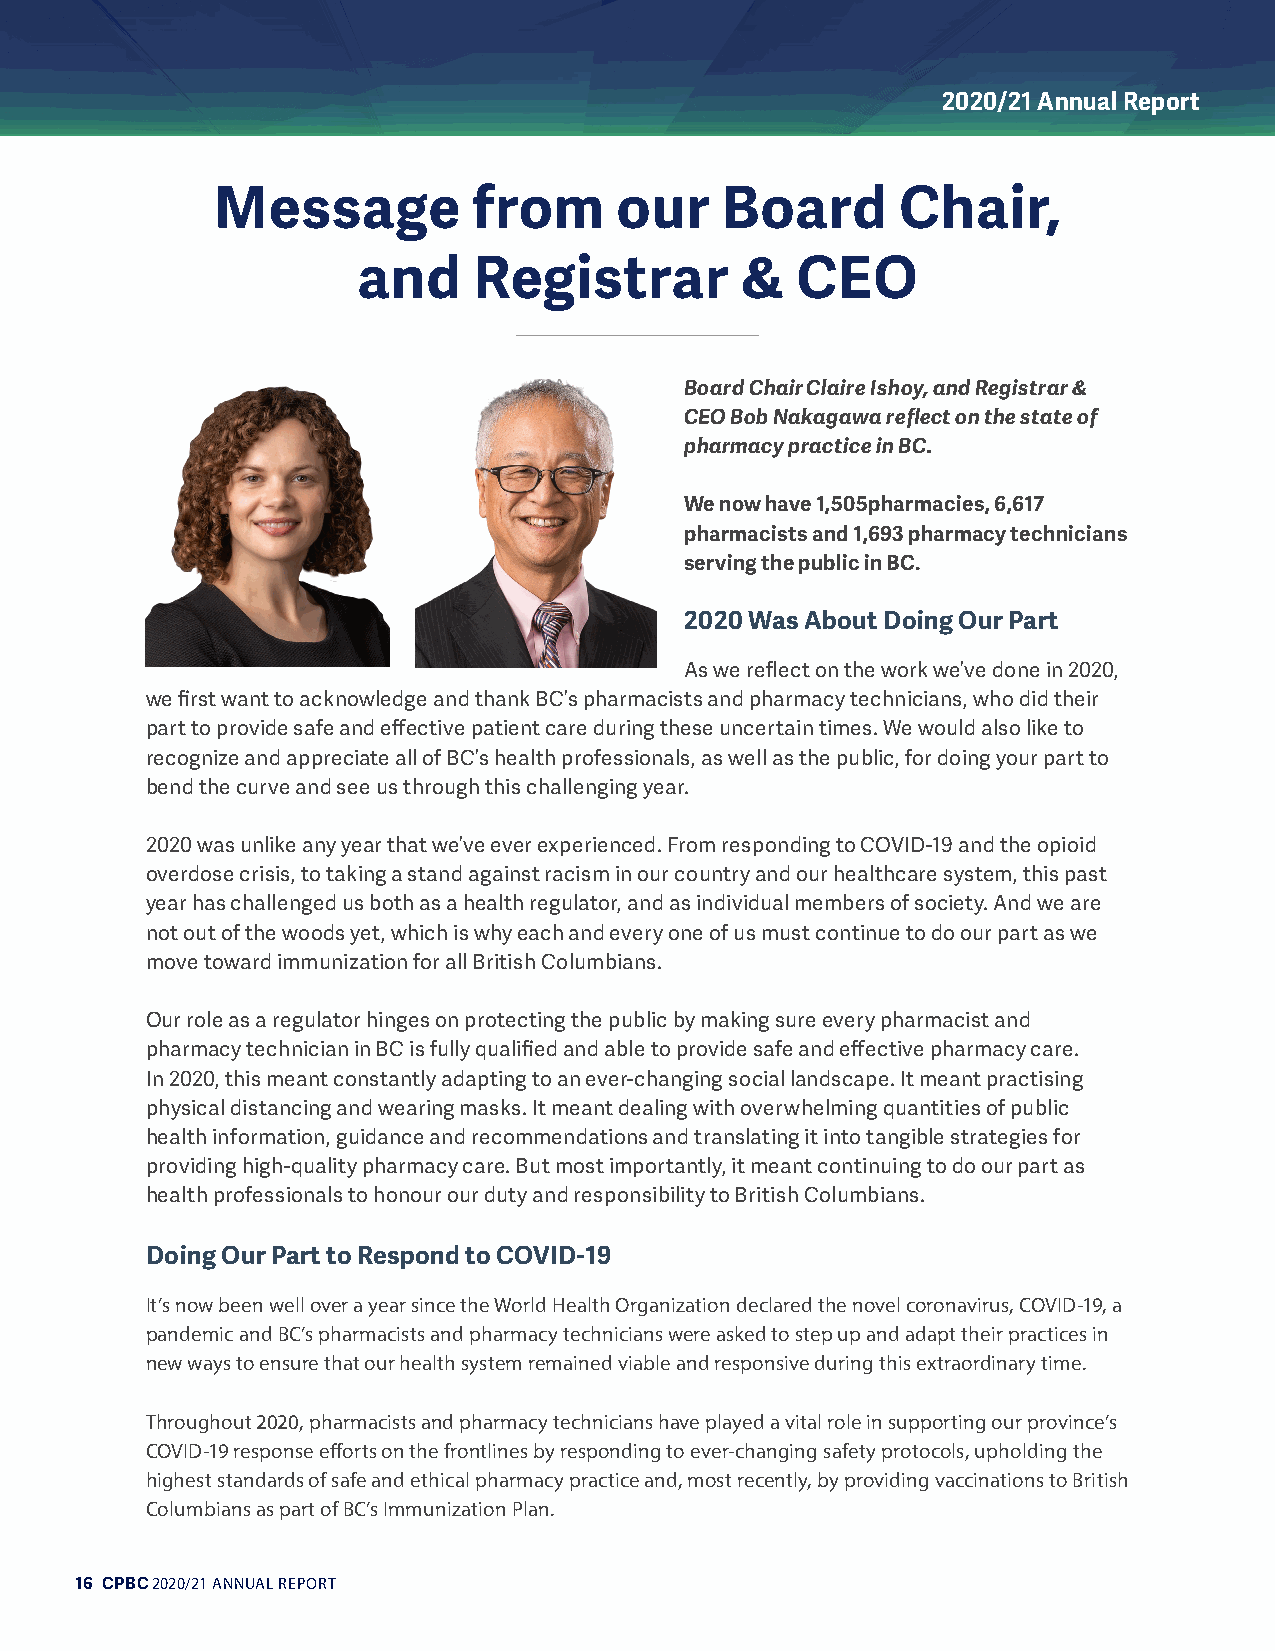
2020/21 Annual Report
 Message          from      our    Board       Chair,
 and    Registrar         &   CEO
 Board Chair Claire Ishoy, and Registrar &
 CEO Bob Nakagawa reflect on the state of
 pharmacy practice in BC.
 We now have 1,505pharmacies, 6,617
 pharmacists and 1,693 pharmacy technicians
 serving the public in BC.
 2020 Was About Doing Our Part
 As we reflect on the work we’ve done in 2020,
 we first want to acknowledge and thank BC’s pharmacists and pharmacy technicians, who did their
 part to provide safe and effective patient care during these uncertain times. We would also like to
 recognize and appreciate all of BC’s health professionals, as well as the public, for doing your part to
 bend the curve and see us through this challenging year.
 2020 was unlike any year that we’ve ever experienced. From responding to COVID-19 and the opioid
 overdose crisis, to taking a stand against racism in our country and our healthcare system, this past
 year has challenged us both as a health regulator, and as individual members of society. And we are
 not out of the woods yet, which is why each and every one of us must continue to do our part as we
 move toward immunization for all British Columbians.
 Our role as a regulator hinges on protecting the public by making sure every pharmacist and
 pharmacy technician in BC is fully qualified and able to provide safe and effective pharmacy care.
 In 2020, this meant constantly adapting to an ever-changing social landscape. It meant practising
 physical distancing and wearing masks. It meant dealing with overwhelming quantities of public
 health information, guidance and recommendations and translating it into tangible strategies for
 providing high-quality pharmacy care. But most importantly, it meant continuing to do our part as
 health professionals to honour our duty and responsibility to British Columbians.
 Doing Our Part to Respond to COVID-19
 It’s now been well over a year since the World Health Organization declared the novel coronavirus, COVID-19, a
 pandemic and BC’s pharmacists and pharmacy technicians were asked to step up and adapt their practices in
 new ways to ensure that our health system remained viable and responsive during this extraordinary time.
 Throughout 2020, pharmacists and pharmacy technicians have played a vital role in supporting our province’s
 COVID-19 response efforts on the frontlines by responding to ever-changing safety protocols, upholding the
 highest standards of safe and ethical pharmacy practice and, most recently, by providing vaccinations to British
 Columbians as part of BC’s Immunization Plan.
 16 CPBC 2020/21 ANNUAL REPORT